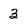
Character: 3